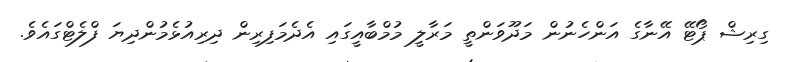
ގިރިޝް ޕޯޓޭ އޭނާގެ އަންހެނުން މަދޫވަންތީ މަރާލީ މުމްބާއީގައި އެދެމަފިރިން ދިރިއުޅެމުންދިޔަ ފްލެޓްގައެވެ.